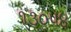
૧૩૦૫૪